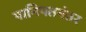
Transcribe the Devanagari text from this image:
पानिपतनंतर